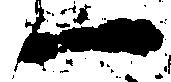
一